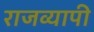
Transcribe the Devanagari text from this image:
राजव्यापी